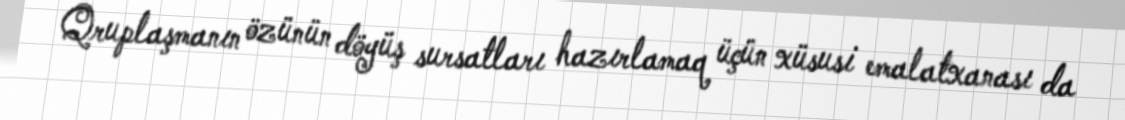
Qruplaşmanın özünün döyüş sursatları hazırlamaq üçün xüsusi emalatxanası da